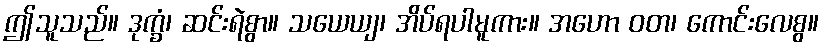
ဤသူသည်။ ဒုက္ခံ၊ ဆင်းရဲစွာ။ သယေယျ၊ အိပ်ရပါမူကား။ အဟော ဝတ၊ ကောင်းလေစွ။